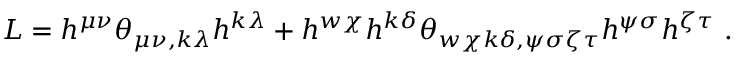
{ \cal L } = h ^ { \mu \nu } \theta _ { \mu \nu , k \lambda } h ^ { k \lambda } + h ^ { w \chi } h ^ { k \delta } \theta _ { w \chi k \delta , \psi \sigma \zeta \tau } h ^ { \psi \sigma } h ^ { \zeta \tau } \ .